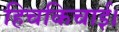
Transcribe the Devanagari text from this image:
हिचकिचाई।